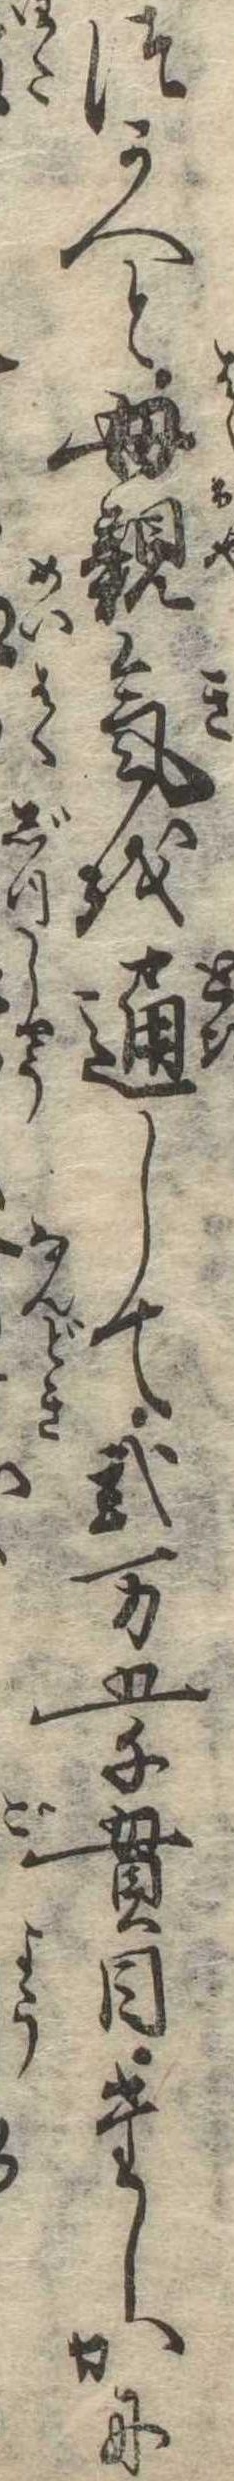
つかへと母親気を通して弐万五千貫目たしかに